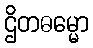
ဌိတဓမ္မော